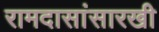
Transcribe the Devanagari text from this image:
रामदासांसारखी